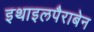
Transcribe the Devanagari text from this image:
इथाइलपैराबेन